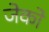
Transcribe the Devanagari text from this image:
जेको